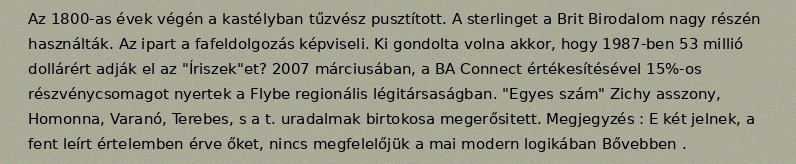
Az 1800-as évek végén a kastélyban tűzvész pusztított. A sterlinget a Brit Birodalom nagy részén használták. Az ipart a fafeldolgozás képviseli. Ki gondolta volna akkor, hogy 1987-ben 53 millió dollárért adják el az "Íriszek"et? 2007 márciusában, a BA Connect értékesítésével 15%-os részvénycsomagot nyertek a Flybe regionális légitársaságban. "Egyes szám" Zichy asszony, Homonna, Varanó, Terebes, s a t. uradalmak birtokosa megerősitett. Megjegyzés : E két jelnek, a fent leírt értelemben érve őket, nincs megfelelőjük a mai modern logikában Bővebben .